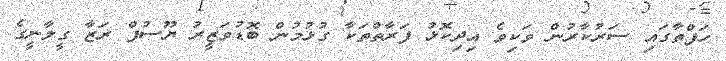
ހަފްތާގައި ސަރުކާރުން ވަކިވެ އިދިކޮޅު ފަރާތްތަކާ ގުޅުމުން ބޮޑުވަޒީރު ޔޫސުފް ރަޒާ ގީލާނީގެ